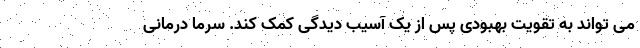
می تواند به تقویت بهبودی پس از یک آسیب دیدگی کمک کند. سرما درمانی